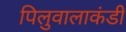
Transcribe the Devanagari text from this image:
पिलुवालाकंडी